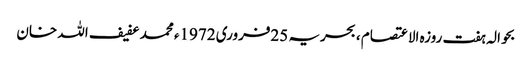
بحوالہ ہفت روزہ الاعتصام ، بحریہ 25فروری 1972ء محمد عفیف اللہ خان